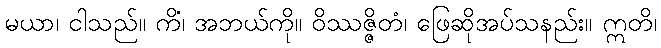
မယာ၊ ငါသည်။ ကိံ၊ အဘယ်ကို။ ဝိဿဇ္ဇိတံ၊ ဖြေဆိုအပ်သနည်း။ ဣတိ၊